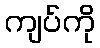
ကျပ်ကို